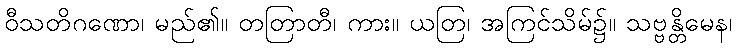
ဝီသတိဂဏော၊ မည်၏။ တတြာတီ၊ ကား။ ယတြ၊ အကြင်သိမ်၌။ သဗ္ဗန္တိမေန၊